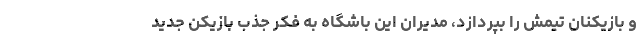
و بازیکنان تیمش را بپردازد، مدیران این باشگاه به فکر جذب بازیکن جدید